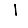
Digit: 1